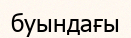
буындағы